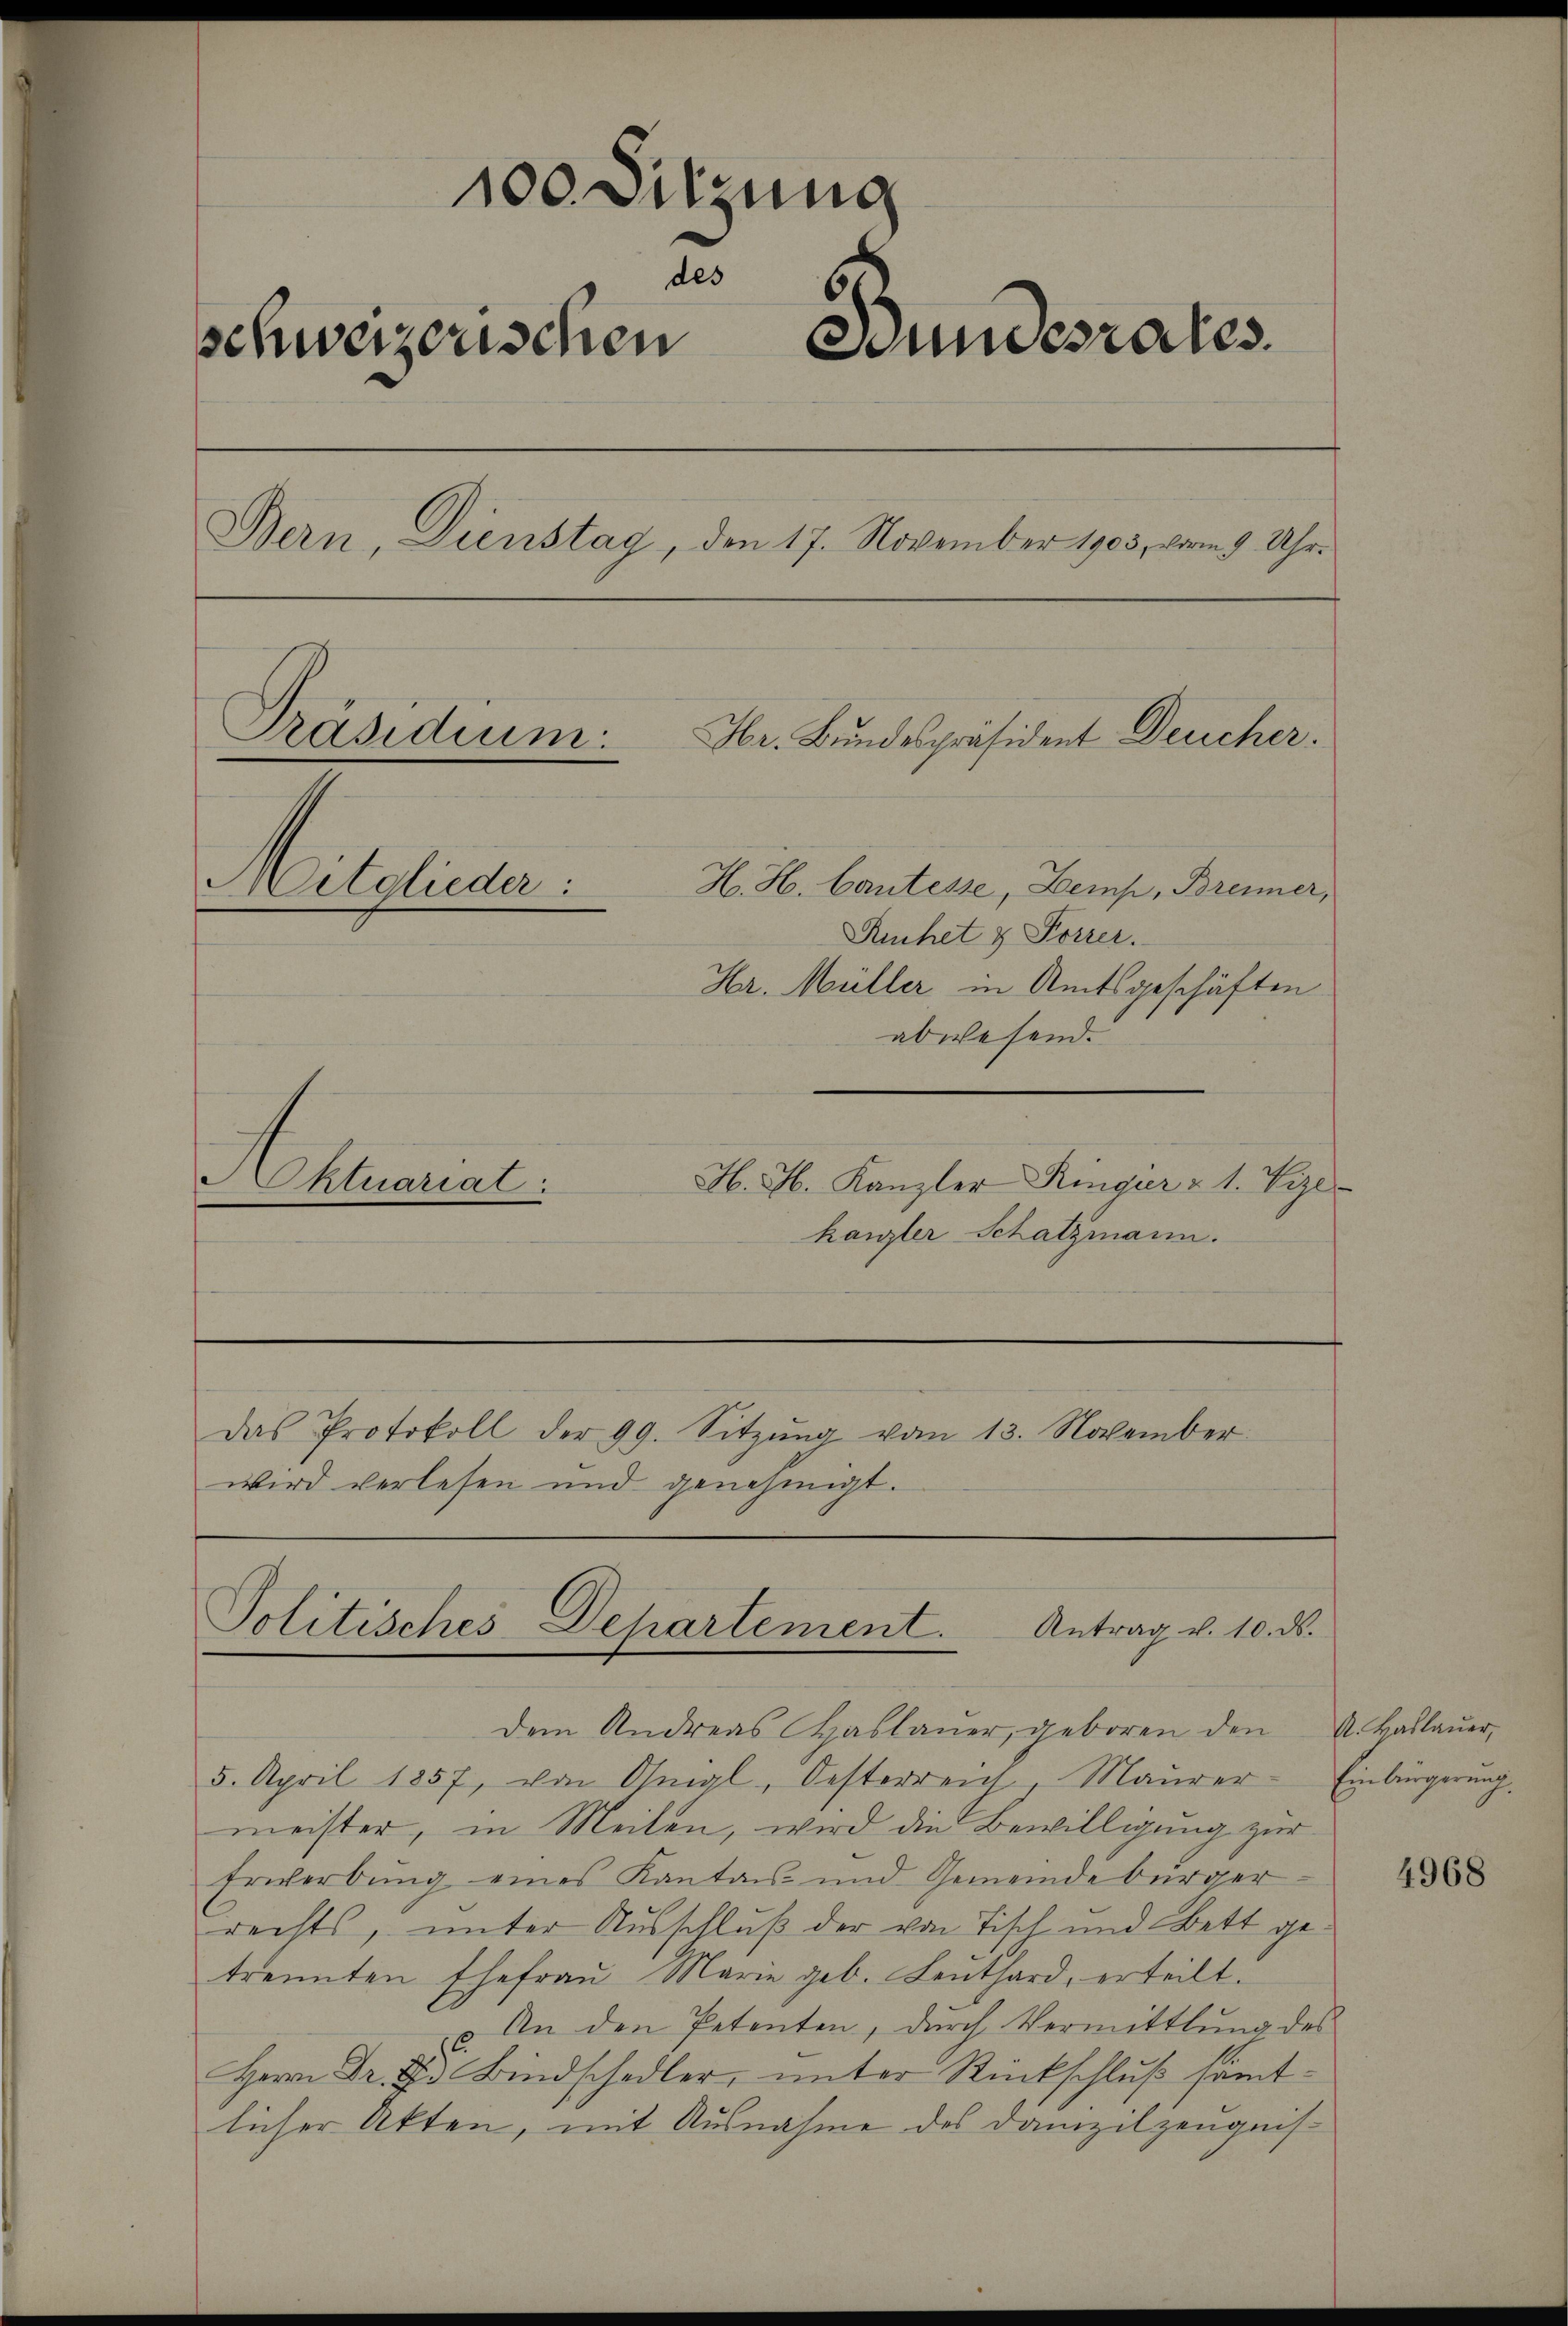
100. Sitzung
des
schweizerischen Bundesrates.
Bern, Dienstag, den 17. November 1903, vom 9. Uhr¬
Präsidium.
Hr. Bundespräsident Deucher.
H. H. Cantesse, Zemp, Brenner,
Mitglieder:
Kuchet & Korrer.
Hr. Müller in Amtsgeschäften
abwesend.

Aktuariat

H. H. Kanzler Ringier & 1. Vize
kanzler Schatzmann.

wird verlesen und genehmigt.

Das Protokoll der 99. Sitzŭng vom 13. November

Politisches Departement. Antrag v. 10. ds.

dem Andreas Haslaŭer, geboren den A. Haslauer,
5. April 1857, von Onigl, Oesterreich, Maŭrer- Einbürgerŭng.
meister, in Meilen, wird die Bewilligung zur
Erwerbung eines Kantons- und Gemeindebürger
rechts, unter Ausschluß der von Tisch und Bett getrennten Ehefrau Marie geb. Leuthard, erteilt.
An den Petenten, durch Vermittlung des
e
Herrn Dr. F. Bindschedler, unter Rückschluß sämtlicher Akten, mit Ausnahme des Danizilzeugnis¬

4968